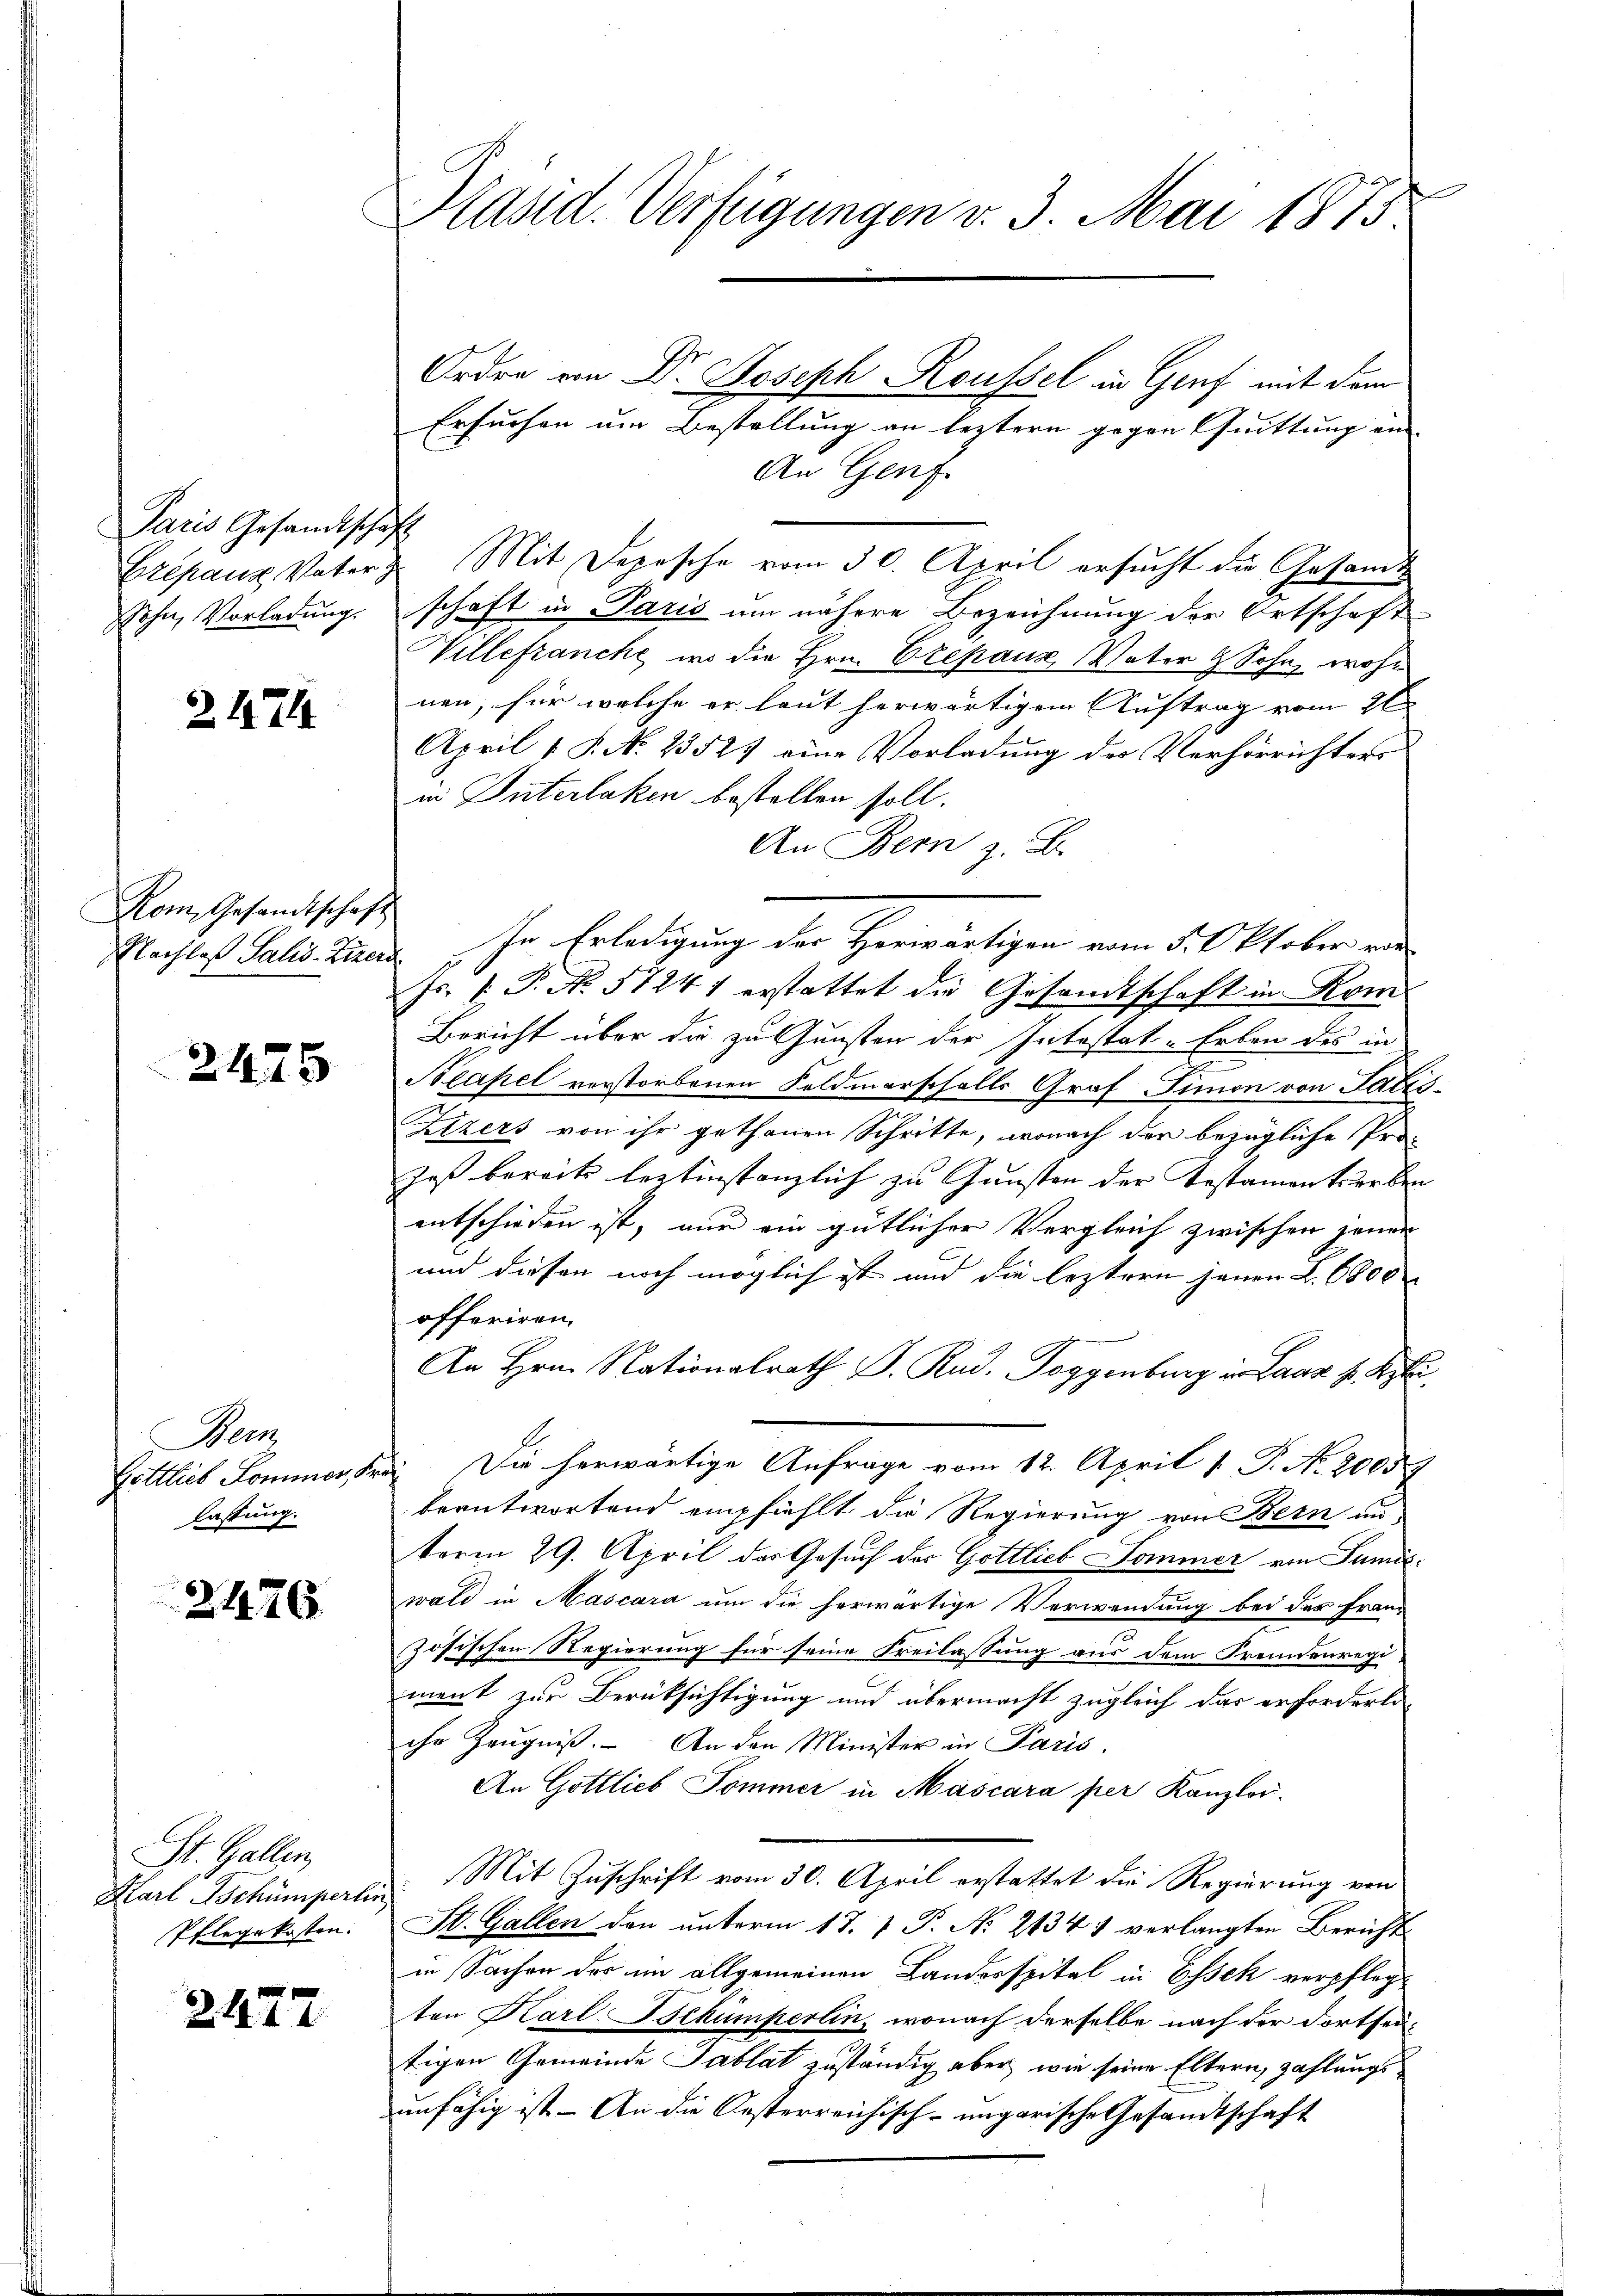
Paris Gesandtschaft
Sohn, Vorladung.

2474

Kom Gesandtschaft
Nachlaß Salis-Zizers

2475

Wenz
Gottlieb Sommer, Fr.
lastung.

2476.

St. Gallen,
Karl Tschümperlin
Pflegekosten.

2472

Präsid. Verfügungen v. 3. Mai 1875

Ordre von Dr Joseph Roussel in Genf mit dem
Ersuchen um Bestellung an leztern gegen Quittung ein
An Genf.
Etepanz Vater z. Mit Depesche vom 30. April ersucht die Gesandt
schaft in Paris um nähere Bezeichnung der Ortschaft
Willefranche, wo die Hrn. Czepaus, Vater 9 Sohn, wohl
nen, für welche er laut herwärtigem Auftrag vom 26
April 1 S. No. 23524 eine Vorladung des Verhörrichters
in Interlaken bestellen soll.
An Bern z. B.
In Erledigung des Horwärtigen vom 5. Oktober vor
Js. k. P. No. 57241 erstattet die Gesandtschaft in Kom-
Bericht über die zu Gunsten der Intestat-Erben des in
t
Beapel verstorbenen Feldmarschalls Graf Simon von Falte
Sitzers von ihr gethanen Schritte, wonach der bezügliche Pro-
Jost bereits leztinstanzlich zu Gunsten der Testamentrurben
entschieden ist, nur ein gütlicher Vergleich zwischen jenen
und diesen noch möglich ist und die leztern jenen L. 6800
offeriren.
An Hrn. Nationalrath J. Rud. Toggenburg i. Laaz k. Ryk
. Die herwärtige Anfrage vom 12. April 1. P. Nr. 20057
beantwortend empfiehlt die Regierung von Bern an
term 29. April der Gesuch der Gottlieb Dommer von Sumitwald in Mascara um die herwärtige Verwendung bei der Fran
zösischen Regierung für seine Freilassung aus dem Fremdenregiment zur Berüksichtigung und übermacht zugleich das erforderliihr Zeugniß. An den Minister in Paris,
An Göttlich Sommer in Mascara per Kanzlei.
Mit Zuschrift vom 30. April erstattet die Regierung von
St. Gallen den unterm 17. 1. P. No 2134 7 verlangten Bericht
in Sachen des im allgemeinen Banderspital in Essek verpflegten Karl Bekümperlin, wonach derselbe nach der Fortseitigen Gemeinde Tablat zuständig aber wie seine Eltern, zahlungs
unfähig ist. – An die Oesterreichisch-ungarische Gesandtschaft